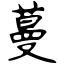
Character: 蔓